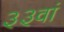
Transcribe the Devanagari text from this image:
३३वां